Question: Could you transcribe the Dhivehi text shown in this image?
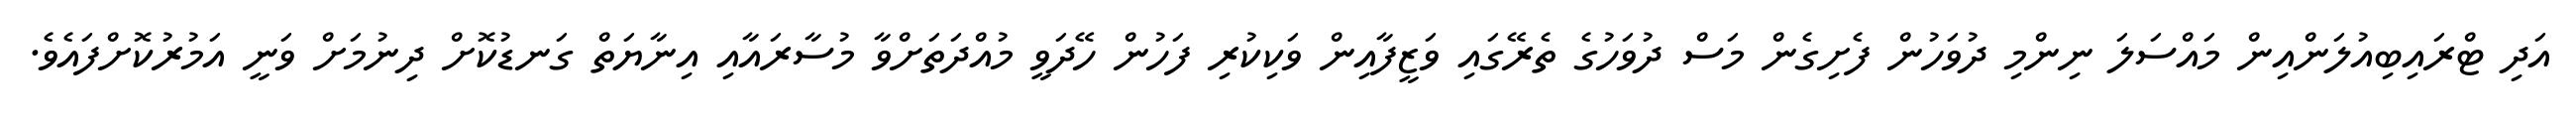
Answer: އަދި ޓްރައިބިއުލަންއިން މައްސަލަ ނިންމި ދުވަހުން ފެށިގެން މަސް ދުވަހުގެ ތެރޭގައި ވަޒީފާއިން ވަކިކުރި ފަހުން ހޭދަވީ މުއްދަތަށްވާ މުސާރައާއި އިނާޔަތް ގަނޑުކޮށް ދިނުމަށް ވަނީ އަމުރުކޮށްފައެވެ.